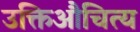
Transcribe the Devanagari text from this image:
उक्तिऔचित्य